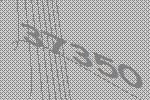
37350